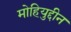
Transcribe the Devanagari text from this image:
मोहियुद्दीन